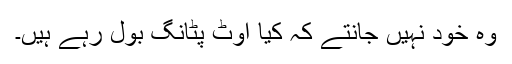
وہ خود نہیں جانتے کہ کیا اوٹ پٹانگ بول رہے ہیں۔